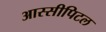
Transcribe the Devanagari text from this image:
आस्सीपिटल